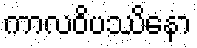
ကာလဝိပဿိနော